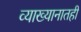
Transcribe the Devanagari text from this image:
व्याख्यानातही